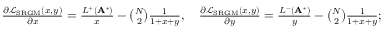
\begin{array} { r } { \frac { \partial \mathcal { L } _ { \mathrm { S R G M } } ( x , y ) } { \partial x } = \frac { L ^ { + } ( \mathbf { A } ^ { * } ) } { x } - \binom { N } { 2 } \frac { 1 } { 1 + x + y } , \quad \frac { \partial \mathcal { L } _ { \mathrm { S R G M } } ( x , y ) } { \partial y } = \frac { L ^ { - } ( \mathbf { A } ^ { * } ) } { y } - \binom { N } { 2 } \frac { 1 } { 1 + x + y } ; } \end{array}